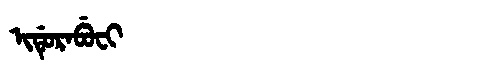
Manchu: ᡳᡩᡠᡵᠠᠪᡠᠸᡳ
Romanization: IDURABUFI